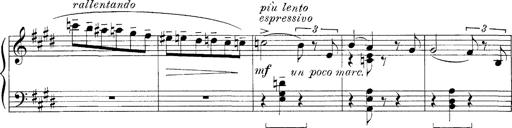
Title: FÃ¼nf KlavierstÃ¼cke
Composer: Franz Liszt